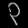
Digit: ၃